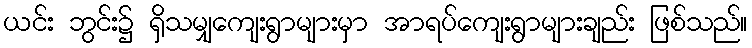
ယင်း ဘွင်း၌ ရှိသမျှကျေးရွာများမှာ အာရပ်ကျေးရွာများချည်း ဖြစ်သည်။